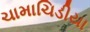
ચામાચિડીયા